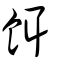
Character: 餌